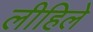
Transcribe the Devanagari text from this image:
लीहिले